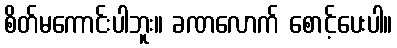
စိတ်မကောင်းပါဘူး။ ခဏလောက် စောင့်ပေးပါ။